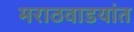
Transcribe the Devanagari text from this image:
मराठवाडयांत